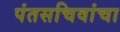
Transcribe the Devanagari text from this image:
पंतसचिवांचा